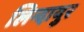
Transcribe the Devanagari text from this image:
लिन्दायुर